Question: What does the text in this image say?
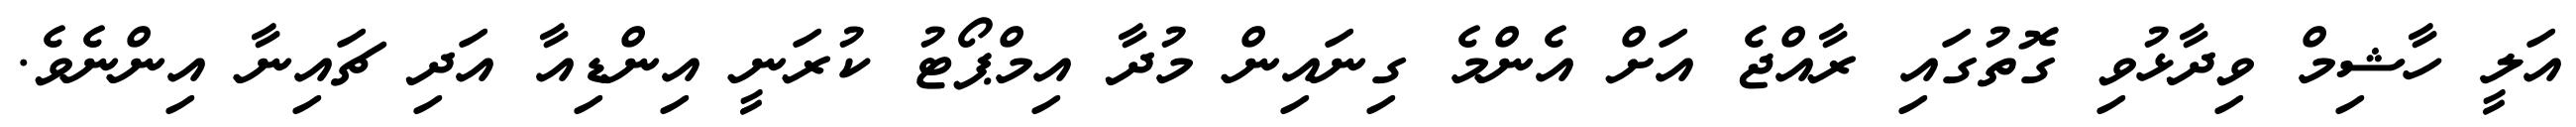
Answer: އަލީ ހާޝިމް ވިދާޅުވި ގޮތުގައި ރާއްޖެ އަށް އެންމެ ގިނައިން މުދާ އިމްޕޯޓު ކުރަނީ އިންޑިއާ އަދި ޗައިނާ އިންނެވެ.